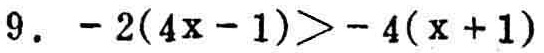
$9.\ -2(4x - 1)> - 4(x + 1)$